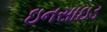
ઇનસાઇડ